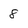
Character: 8